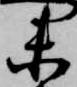
未